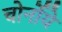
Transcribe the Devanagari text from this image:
चोर्नोये